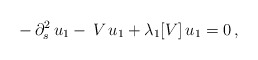
\begin{align*}-\,\partial^2_s\,u_1-\,V\,u_1+\lambda_1[V]\,u_1=0\,,\end{align*}